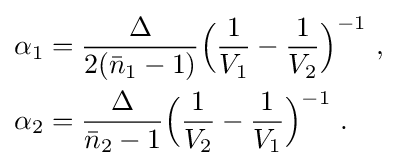
{\begin{aligned}\alpha _{1}&={\frac {\Delta }{2({\bar {n}}_{1}-1)}}{\Big (}{\frac {1}{V_{1}}}-{\frac {1}{V_{2}}}{\Big )}^{-1}\ ,\\\alpha _{2}&={\frac {\Delta }{{\bar {n}}_{2}-1}}{\Big (}{\frac {1}{V_{2}}}-{\frac {1}{V_{1}}}{\Big )}^{-1}\ .\end{aligned}}